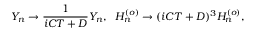
Y _ { n } \rightarrow \frac { 1 } { i C T + D } Y _ { n } , \; \; H _ { n } ^ { ( o ) } \rightarrow ( i C T + D ) ^ { 3 } H _ { n } ^ { ( o ) } ,